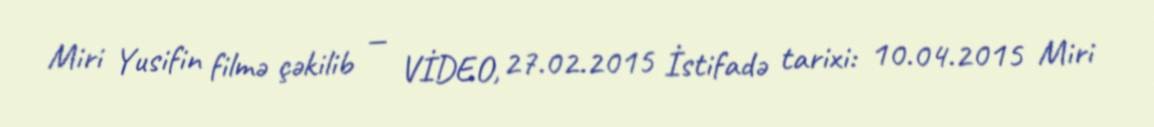
Miri Yusifin filmə çəkilib — VİDEO, 27.02.2015 İstifadə tarixi: 10.04.2015 Miri